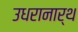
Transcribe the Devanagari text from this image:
उधरानार्थ